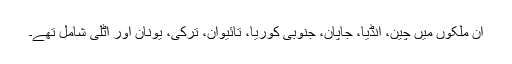
ان ملکوں میں چین، انڈیا، جاپان، جنوبی کوریا، تائیوان، ترکی، یونان اور اٹلی شامل تھے۔